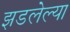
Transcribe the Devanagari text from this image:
झडलेल्या